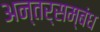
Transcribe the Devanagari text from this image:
अन्तर्सम्बंध